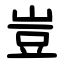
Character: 豈